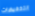
التخفيضات